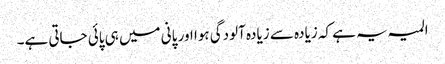
المیہ یہ ہے کہ زیادہ سے زیادہ آلودگی ہوا اور پانی میں ہی پائی جاتی ہے۔